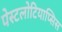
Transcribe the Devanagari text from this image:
पेस्टलोटियाप्सिस